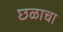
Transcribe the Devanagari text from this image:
छळाचा